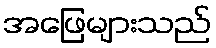
အဖြေများသည်